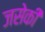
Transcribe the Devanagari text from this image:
जसेकी